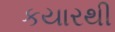
કયારથી